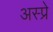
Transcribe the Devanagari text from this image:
अस्प्रे